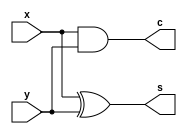
module prog1 (x, y, s, c);
input x, y;
output s, c;
assign s = x^y;
assign c = x&y;
endmodule